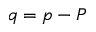
q = p - P